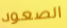
الصعود